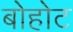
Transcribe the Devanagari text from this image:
बोहोट